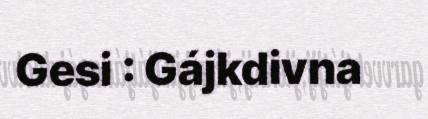
Gesi : Gájkdivna